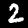
Digit: 2